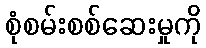
စုံစမ်းစစ်ဆေးမှုကို